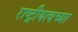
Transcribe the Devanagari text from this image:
राष्ट्रीयत्वच्या